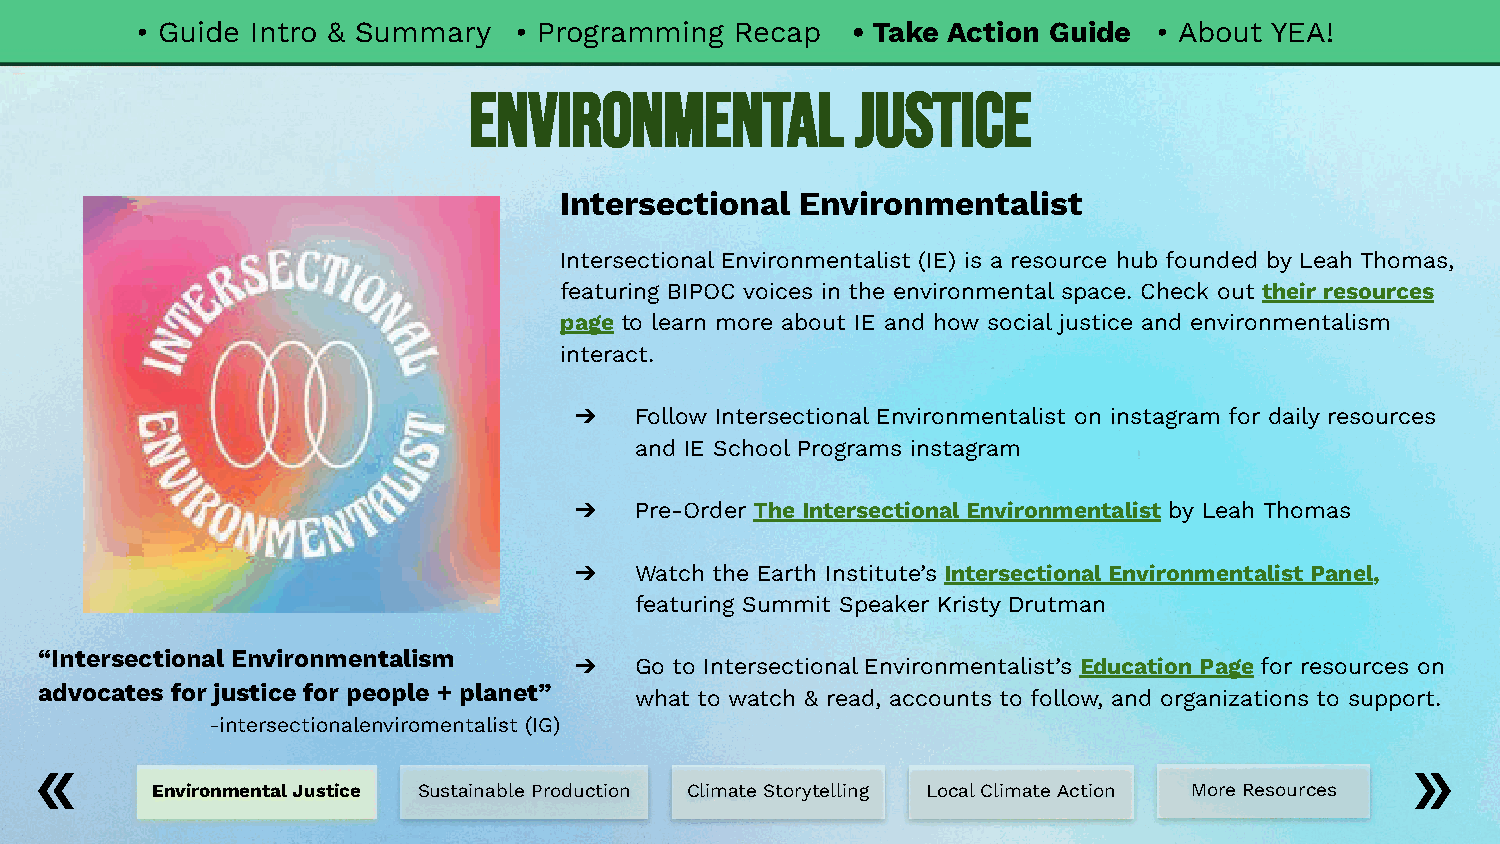
• Guide Intro & Summary  • Programming  Recap  • Take Action Guide  • About YEA!
 Environmental             Justice
 Intersectional  Environmentalist
 Intersectional Environmentalist (IE) is a resource hub founded by Leah Thomas,
 featuring BIPOC voices in the environmental space. Check out their resources
 page to learn more about IE and how social justice and environmentalism
 interact.
 ➔   Follow Intersectional Environmentalist on instagram for daily resources
 and IE School Programs instagram
 ➔   Pre-Order The Intersectional Environmentalist by Leah Thomas
 ➔   Watch the Earth Institute’s Intersectional Environmentalist Panel,
 featuring Summit Speaker Kristy Drutman
 “Intersectional Environmentalism
 ➔   Go to Intersectional Environmentalist’s Education Page for resources on
 advocates for justice for people + planet” what to watch & read, accounts to follow, and organizations to support.
 -intersectionalenviromentalist (IG)
 Environmental Justice Sustainable Production Climate Storytelling Local Climate Action More Resources